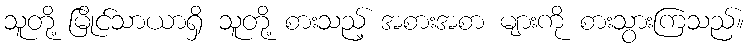
သူတို့ မြိုင်သာယာရှိ သူတို့ စားသည့် အစားအစာ များကို စားသွားကြသည်။